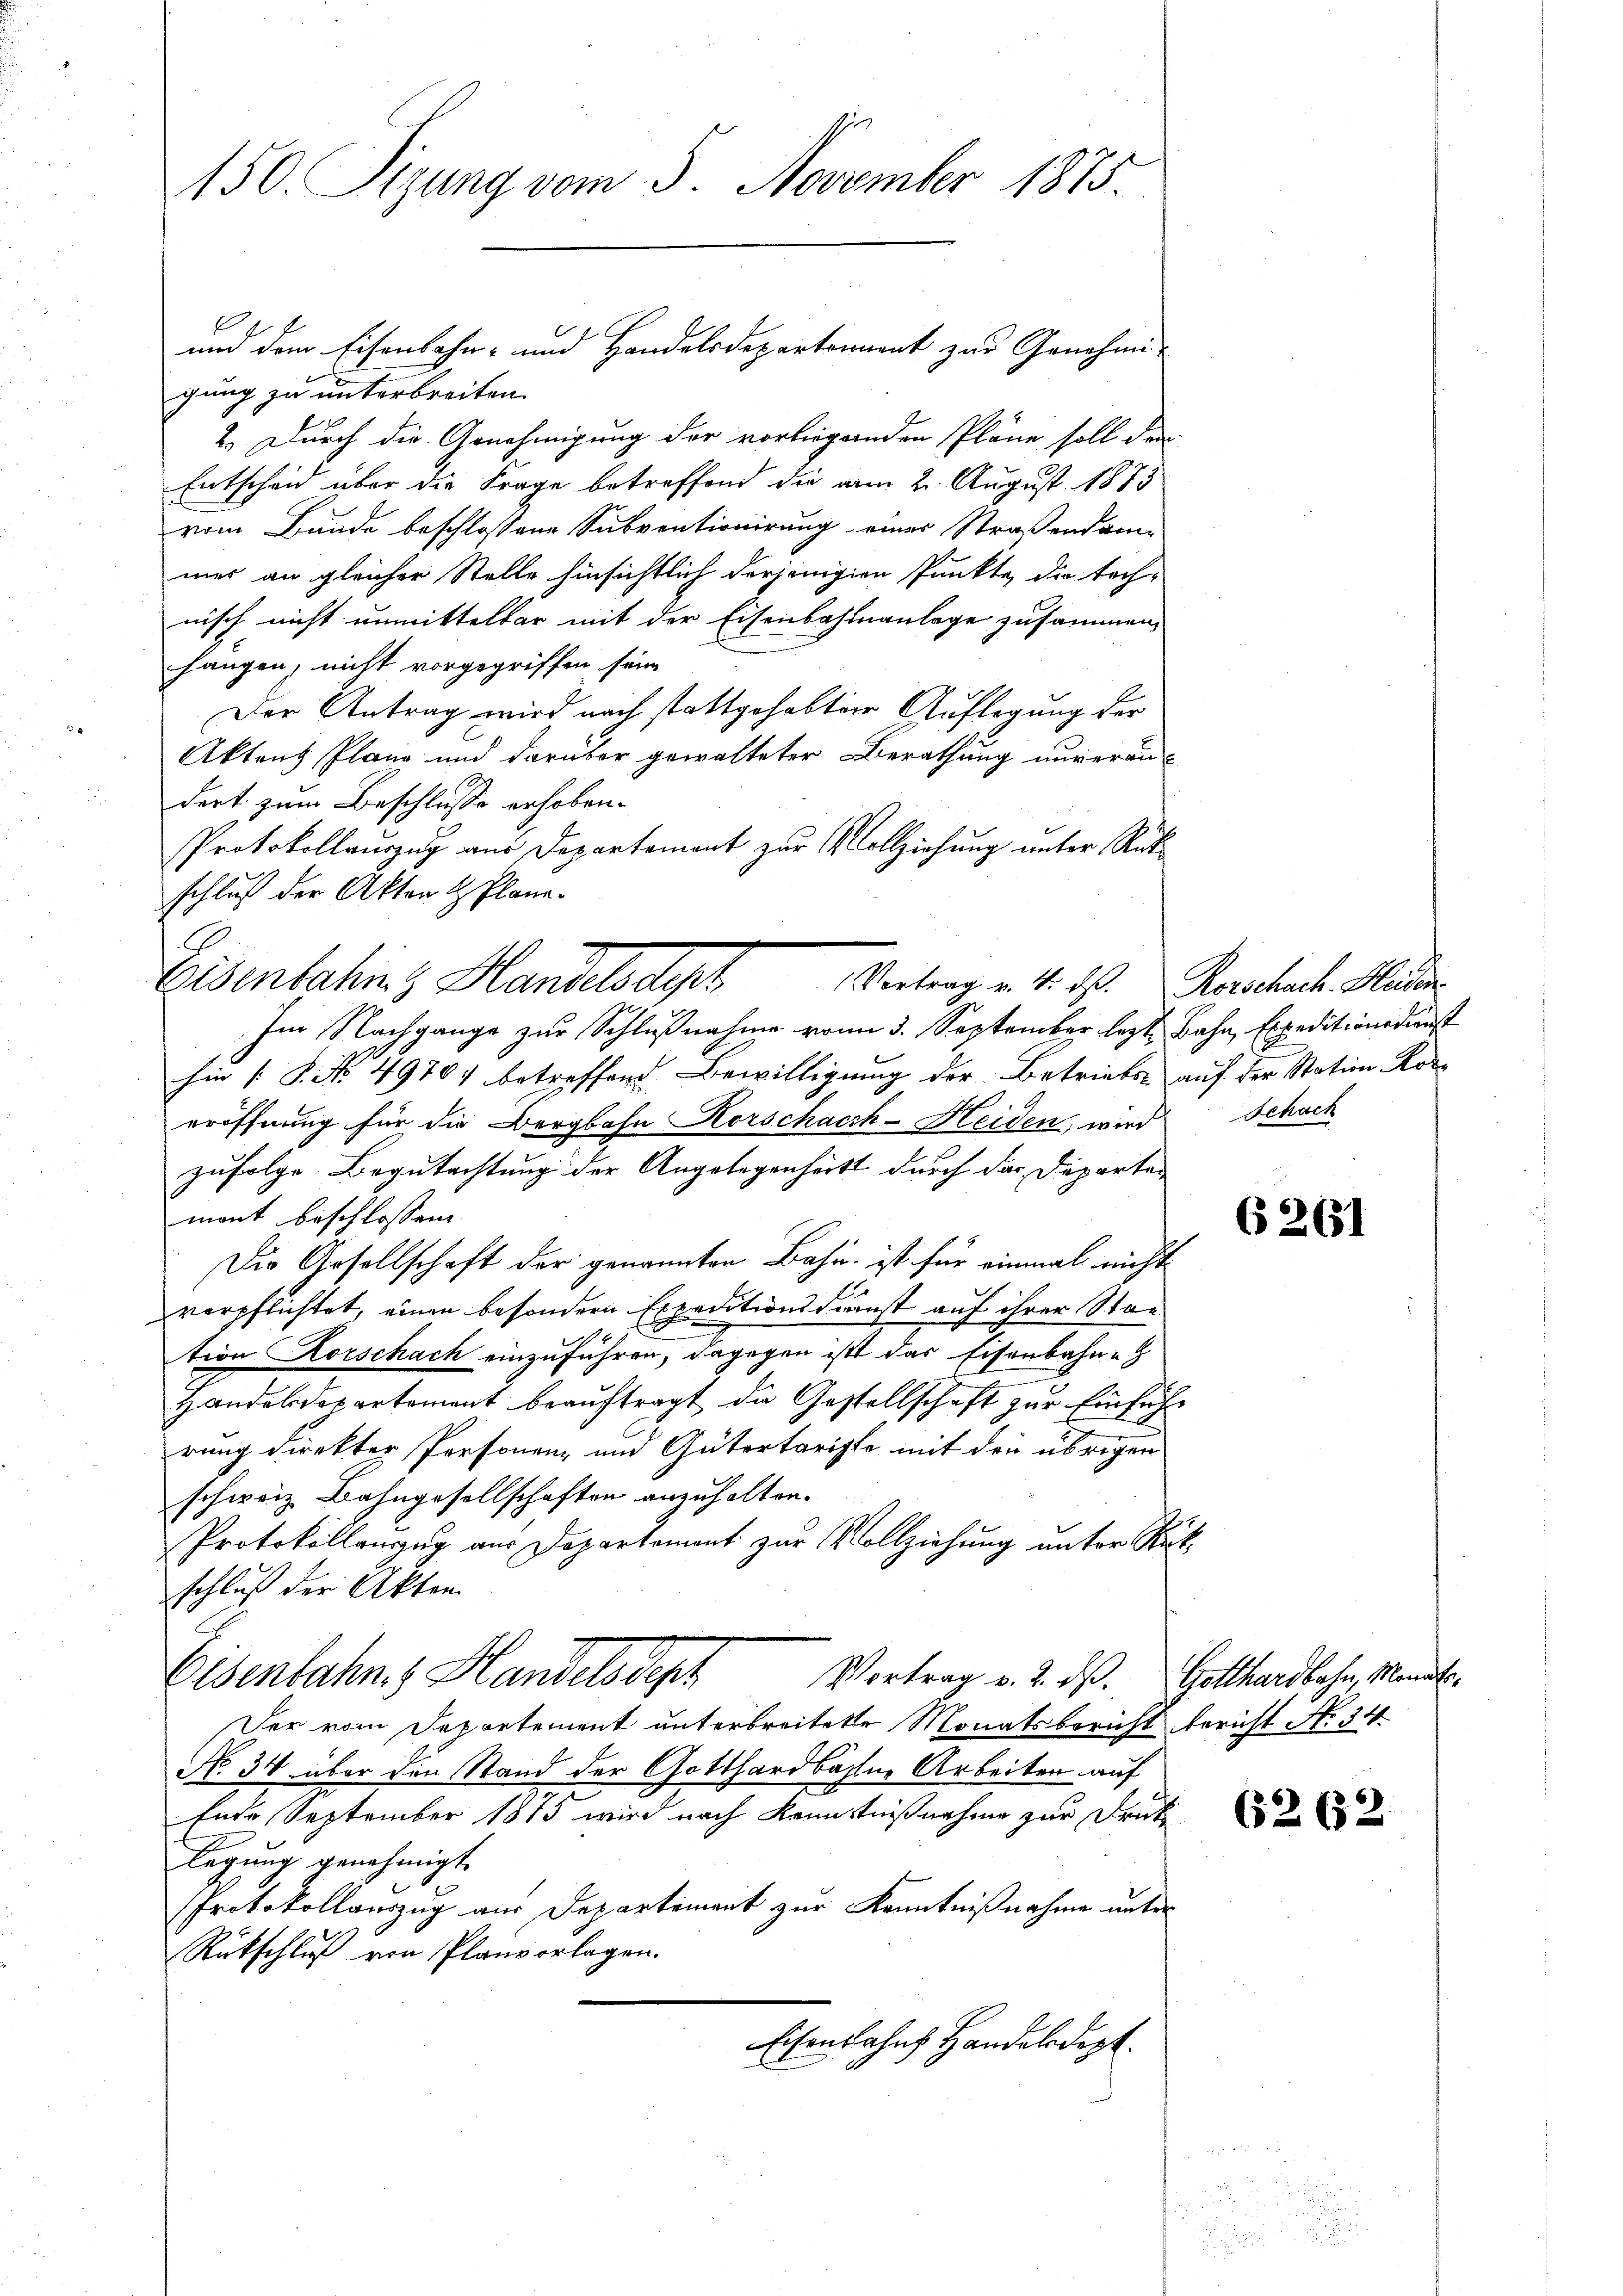
150. Sizung vom 5. November 1875.

gung zu unterbreiten.
2.) Durch die Genehmigung der vorliegenden Pläne soll den
Entscheid über die Frage betreffend die am 2. August 1873
vom Bunde beschlossene Subventionirung einer Straßendam-
mes an gleicher Stelle hinsichtlich derjenigen Punkte, die tech-
nisch nicht unmittelbar mit der Eisenbahnanlage zusammen,
hangen, nicht vorgegriffen sein
Der Antrag wird nach stattgehabter Auflegung der
Aktens Plane und darüber gewalteter Berathung unverandert zum Beschlusse erhoben.
Protokollauszug aus Departement zur Vollziehung unter Rükschluß der Akten & Pläne.
hin [P. No. 49707 betreffend Bewilligung der Betriebes auf der Station Koreröffnung für die Bergbahn Korschach-Heiden, wird Schach
zufolge. Begutachtung der Angelegenheits durch das Departen
mont beschlossen:
Die Gesellschaft der genannten Bahn ist für einmal nicht
verpflichtet, einen besondern Expeditionsdienst auf ihrer Station Korschach einzuführen, dagegen ist das Eisenbahn-
Handelsdepartement beaŭftragt die Gestellschaft zŭr Einführ
rung direkter Personenz und Gütertarigte mit den übrigen
schweiz. Bahngesellschaften anzuhalten.
Protokollenzug aus Departement zur Vollziehung unter Rückschluß der Akten.
Elsenbahn. Handelsdept
Vortrag v. 2. ds. Gotthardbahn, Monat¬
Der vom Departement unterbreitete Monatsbericht bericht No. 34
No. 34 über den Stand der Gotthardbahne Arbeiten auf
Ende September 1875 wird nach Kenntnißnahme zur Drucke
legung genehmigt.
Protokollauszug aus Departement zur Kenntnißnahme unter
Rückschluß von Planvorlagen.
Eisenbahn Handelsdept.

und dem Eisenbahn- und Handelsdepartement zur Genehmi-

Eisenbahn & Handelsdyt Vertrag v. 4. d. Rorschenk. Huber
Im Nachgange zur Schlußnahme vom 3. September lezt Bahn, Expeditionsdienst

6261

6262.